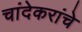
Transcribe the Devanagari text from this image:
चांदेकरांचे